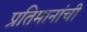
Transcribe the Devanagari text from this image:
प्रतिमानांची